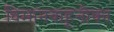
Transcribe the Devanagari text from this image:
विमानवाहूनौका